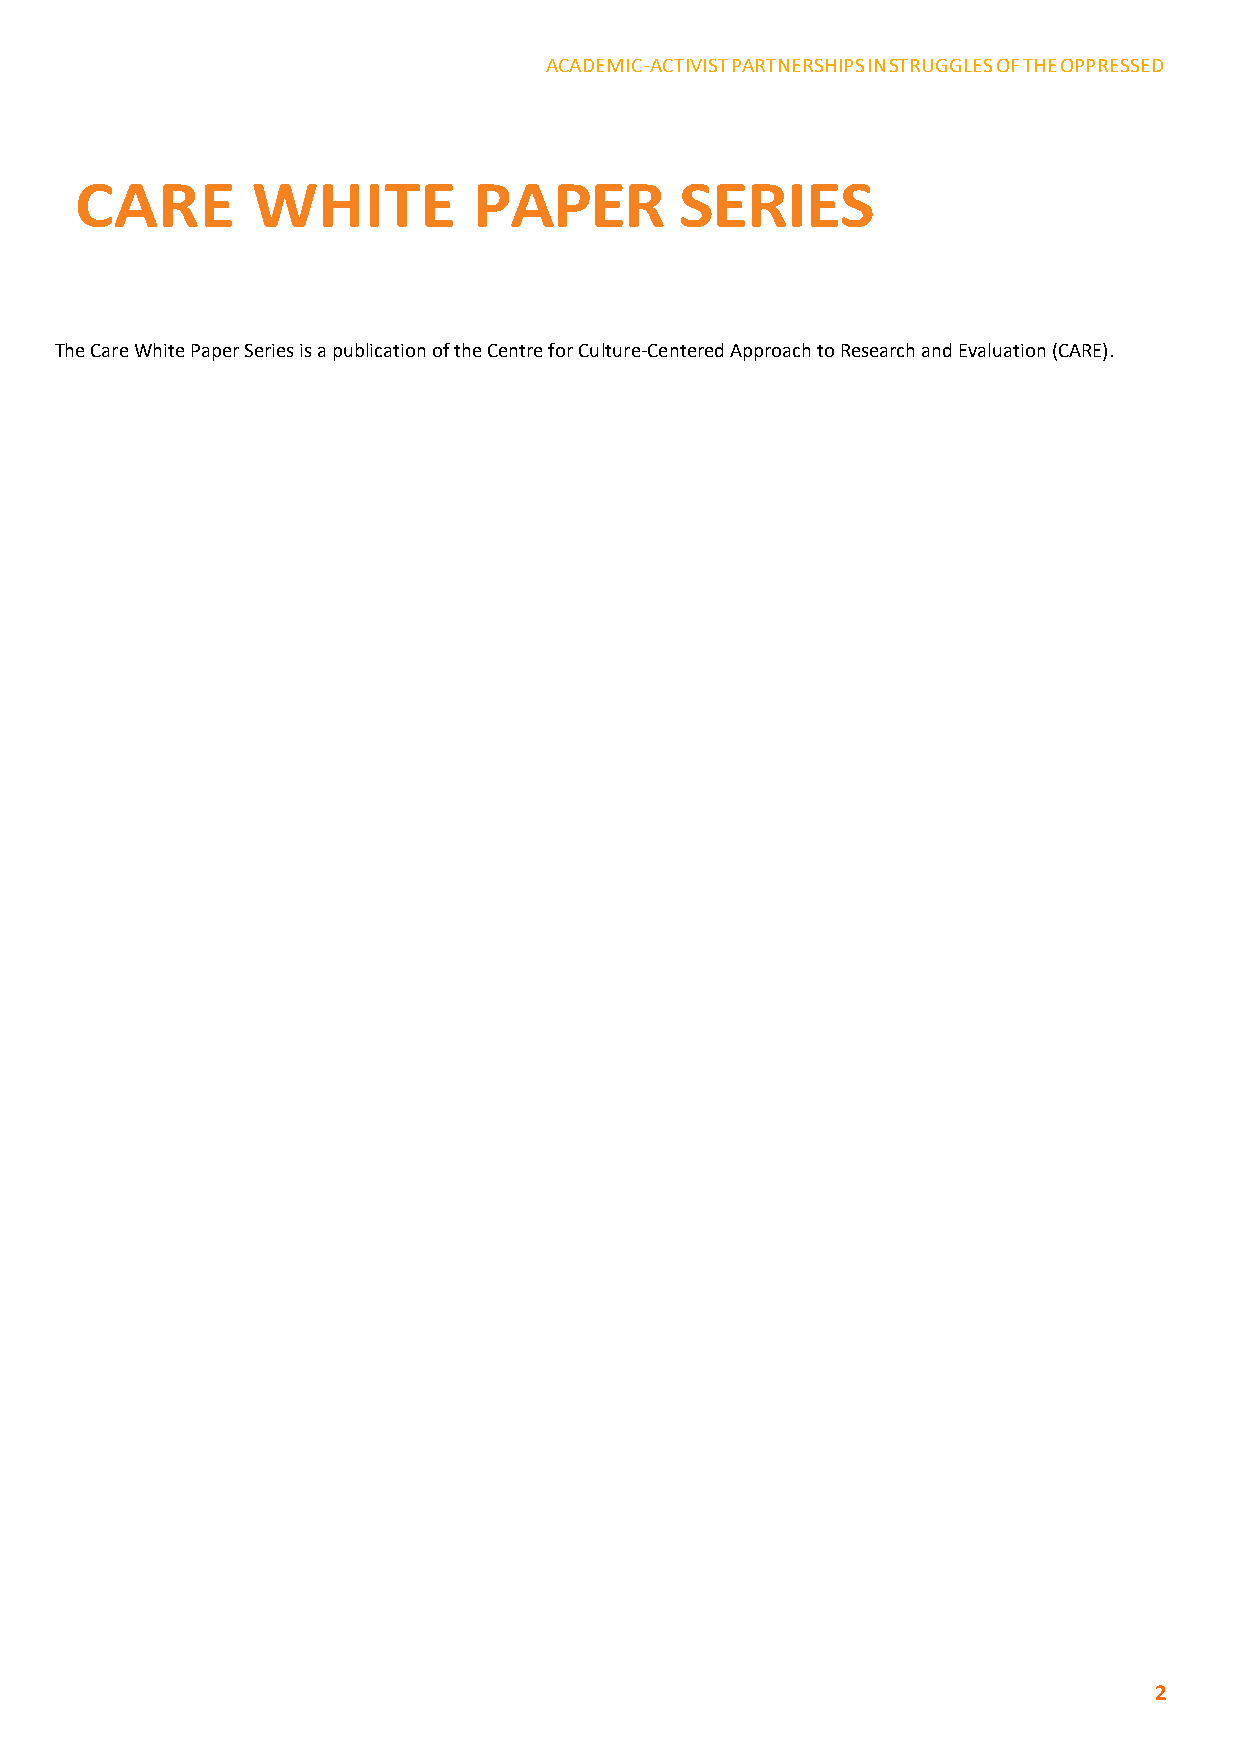
ACADEMIC-ACTIVIST PARTNERSHIPS IN STRUGGLES OF THE OPPRESSED
 CARE        WHITE         PAPER         SERIES
 The Care White Paper Series is a publication of the Centre for Culture-Centered Approach to Research and Evaluation (CARE).
 2